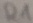
Text: R1